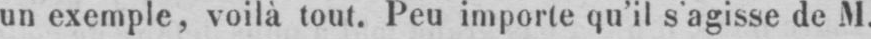
un exemple, voilà tout. Peu importe qu’il s’agisse de M.